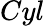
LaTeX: Cyl